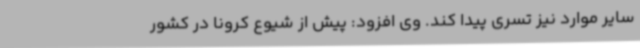
سایر موارد نیز تسری پیدا کند. وی افزود: پیش از شیوع کرونا در کشور